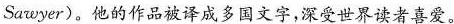
Sawyer)。他的作品被译成多国文字，深受世界读者喜爱。